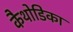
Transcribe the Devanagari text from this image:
कैथोडिका